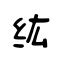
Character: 纮